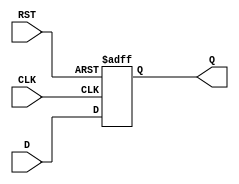
module FlipFlopRegister #(
    parameter N = 8  // Parameter to define the width of the register
)(
    input  wire [N-1:0] D,     // Data input
    input  wire CLK,            // Clock input
    input  wire RST,            // Asynchronous reset input
    output reg  [N-1:0] Q       // Data output
);

    // Always block for the flip-flop operation
    always @(posedge CLK or posedge RST) begin
        if (RST) begin
            Q <= {N{1'b0}};       // Reset all bits to 0
        end else begin
            Q <= D;               // Capture data on rising edge of the clock
        end
    end

endmodule